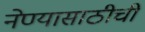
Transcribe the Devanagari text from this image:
नेण्यासाठीची